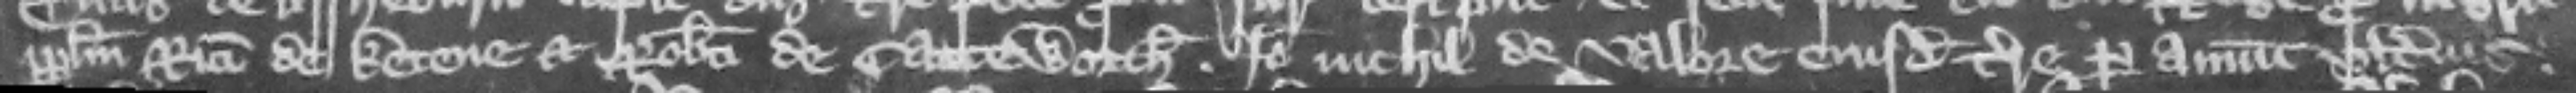
per plegium Ricardi de Ketene et Roberti de Catteworth. Ideo nichil de valore eiusdem terre per annum vlterius.